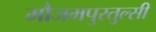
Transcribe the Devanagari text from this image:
मौजमपुरतुल्सी